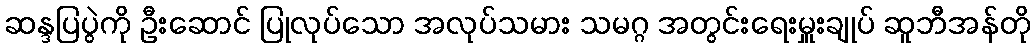
ဆန္ဒပြပွဲကို ဦးဆောင် ပြုလုပ်သော အလုပ်သမား သမဂ္ဂ အတွင်းရေးမှူးချုပ် ဆူဘီအန်တို